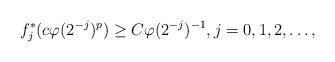
LaTeX: \begin{align*}f_j^*(c \varphi(2^{-j})^p)\ge C \varphi(2^{-j})^{-1}, j=0,1,2,\ldots,\end{align*}